Leningradi_Edasi_toimetus, lk 77
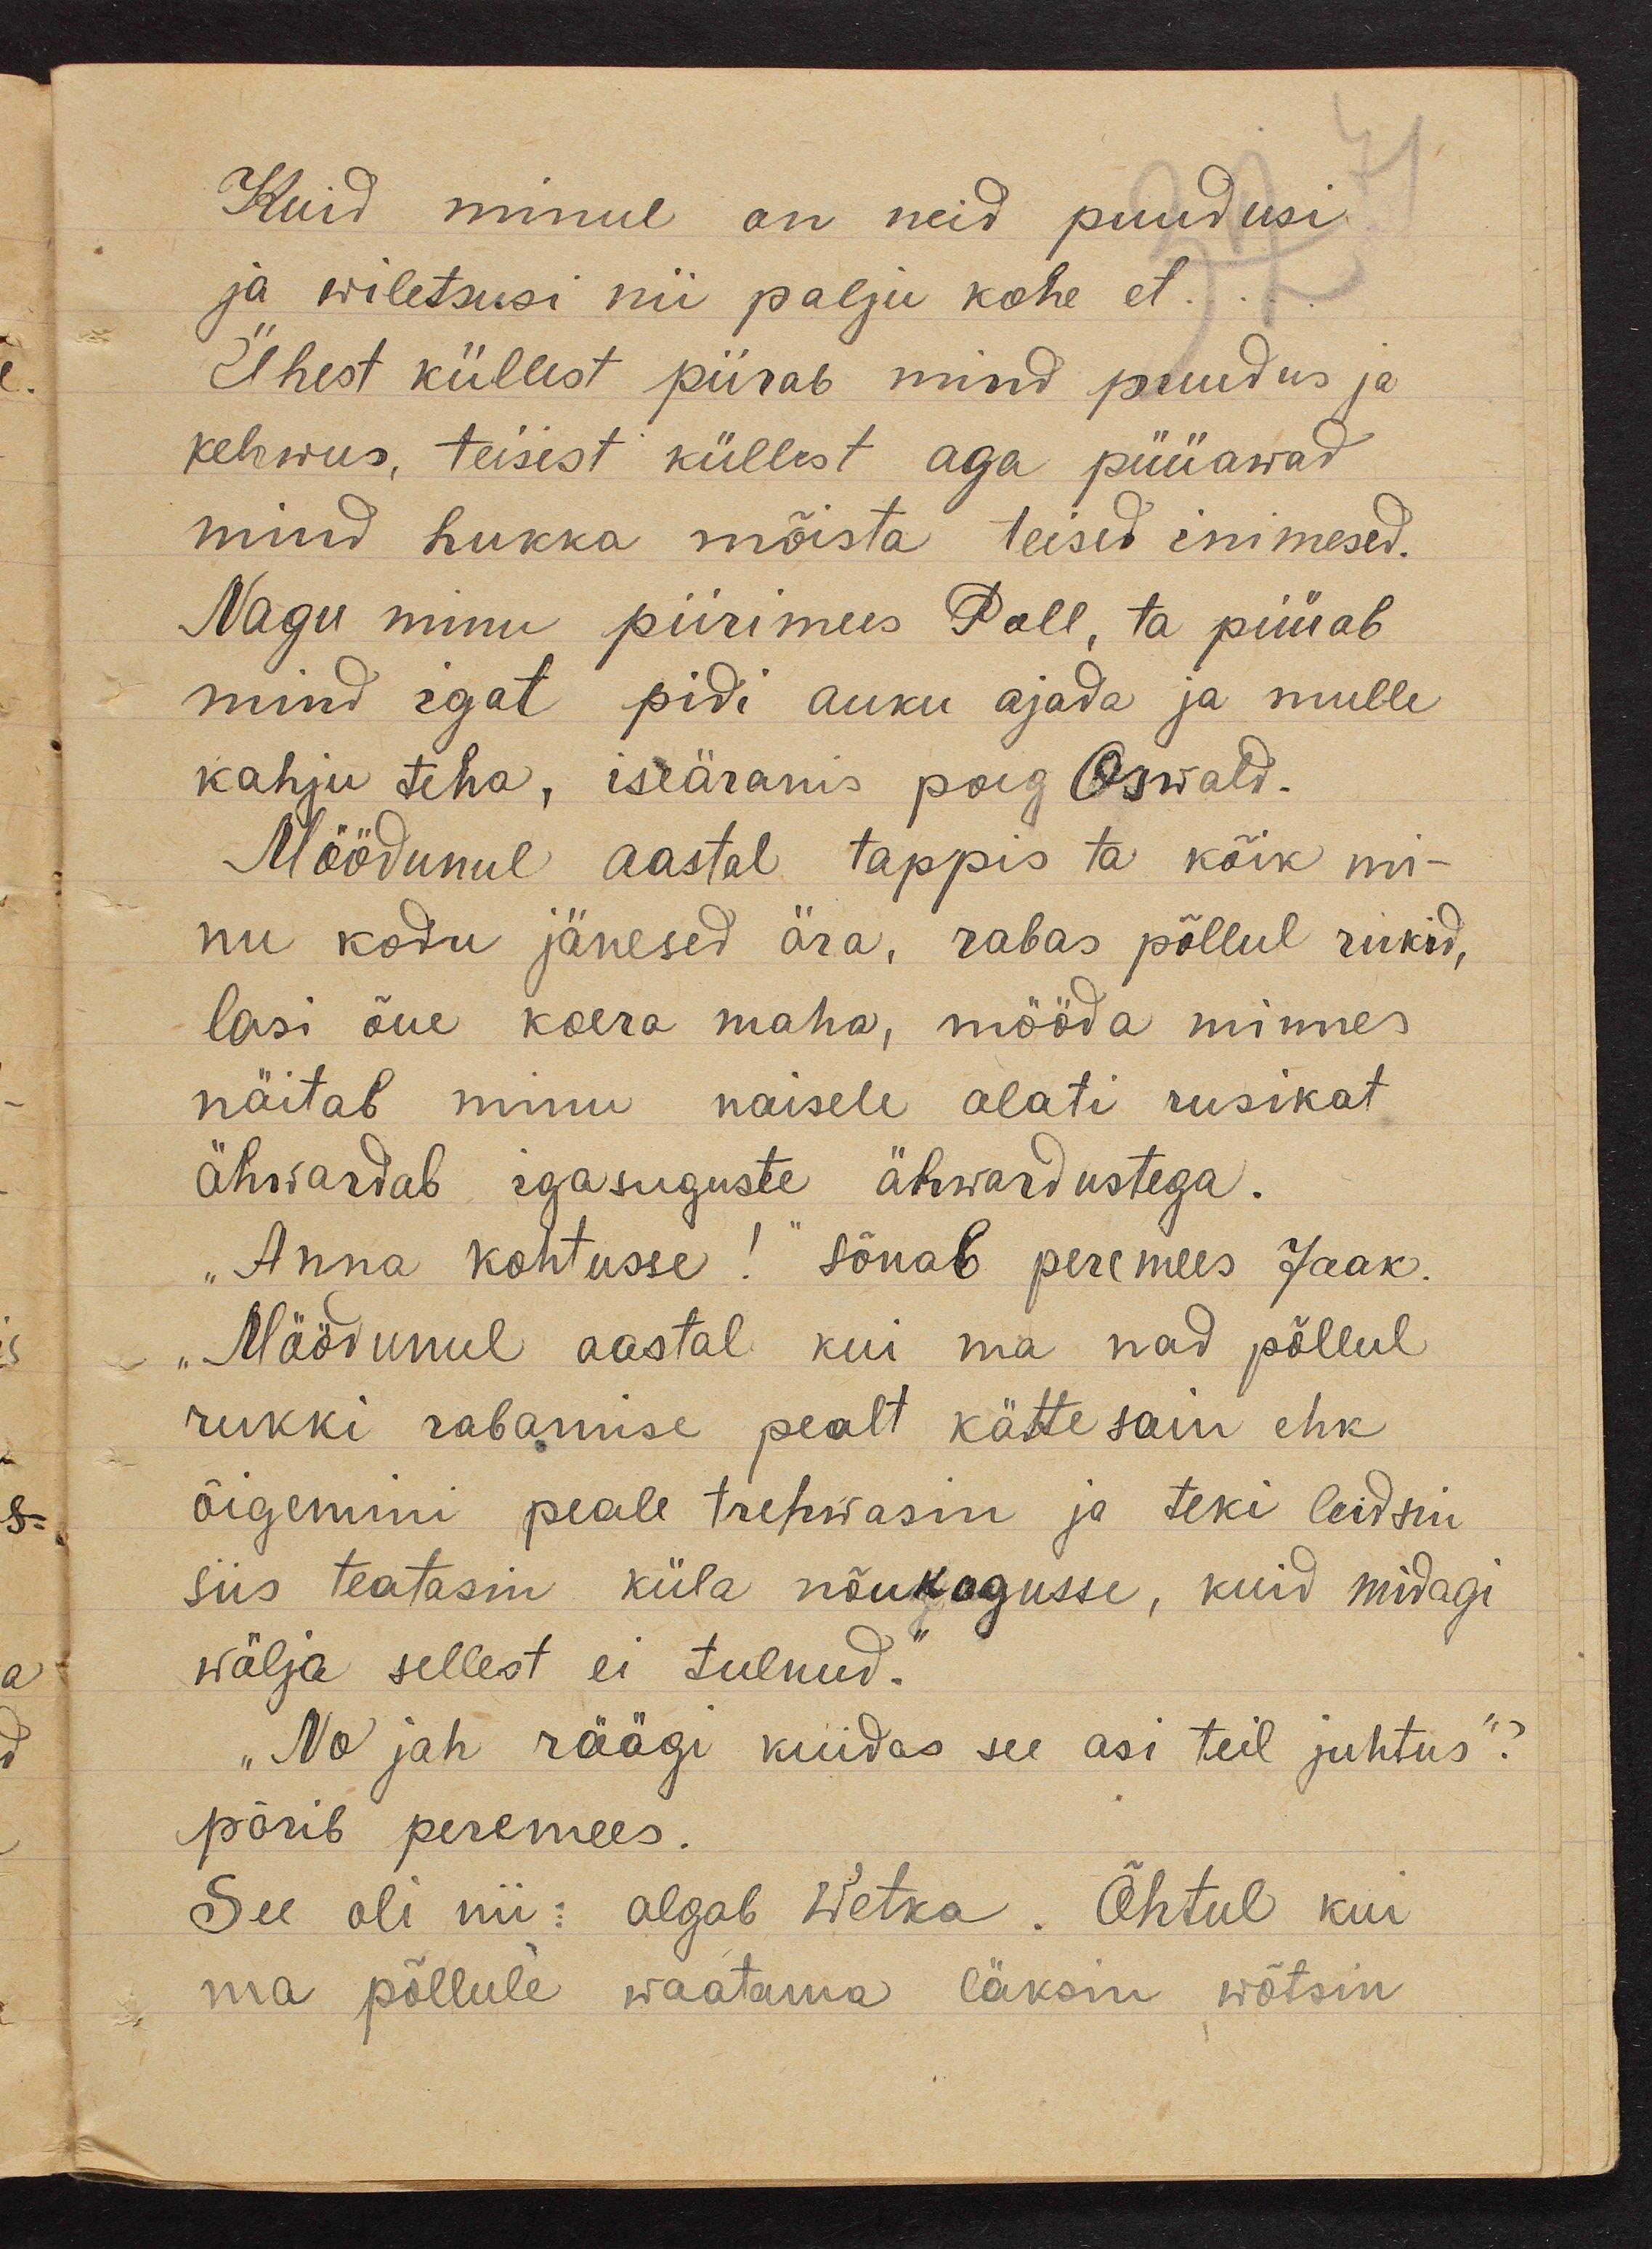
Kuid minul on neid puudusi
ja wiletsusi nii palju kohe et .
Ühest küllest piirab mind puudus ja
kehwus, teisest küllest aga püüawad
mind hukka mõista teised inimesed.
Nagu minu piirimees Poll, ta püüab
mind igat pidi auku ajada ja mulle
kahju teha, iseäranis poeg Oswald.
Möödunul aastal tappis ta kõik mi-
nu kodu jänesed ära, rabas põllul rukid,
lasi õue koera maha, mööda minnes
näitab minu naisele alati rusikat
ähwardab igasuguste ähwardustega.
„Anna kohtusse!" sõnab peremees Jaak.
"Möödunul aastal kui ma nad põllul
rukki rabamise pealt kätte sain ehk
õigemini peale trehwasin ja teki leidsin
siis teatasin küla nõukogusse, kuid midagi
wälja sellest ei tulnud."
„No jah räägi kuidas see asi teil juhtus"?
pärib peremees.
See oli nii: algab Wetka. Õhtul kui
ma põllule waatama läksin ,wõtsin